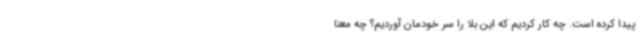
پیدا کرده است. چه کار کردیم که این بلا را سر خودمان آوردیم؟ چه معنا